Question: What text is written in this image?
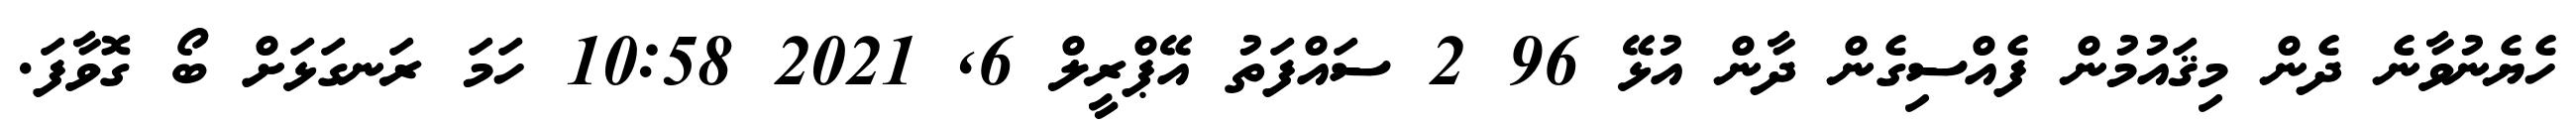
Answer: ހެޔެނުވާނެ ދެން މިޤައުމުން ފެއްސިގެން ދާން އުޅޭ 96 2 ސައްފަތު އޭޕްރީލް 6, 2021 10:58 ހަމަ ރަނގަޅަށް ބޯ ގޮވާފަ.